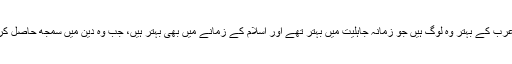
تو عرب کے بہتر وہ لوگ ہیں جو زمانہ جاہلیت میں بہتر تھے اور اسلام کے زمانے میں بھی بہتر ہیں، جب وہ دین میں سمجھ حاصل کریں۔